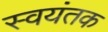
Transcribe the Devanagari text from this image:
स्‍वयंतक